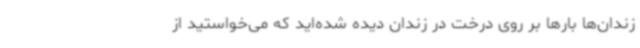
زندان‌ها بارها بر روی درخت در زندان دیده‌ شده‌اید که می‌خواستید از